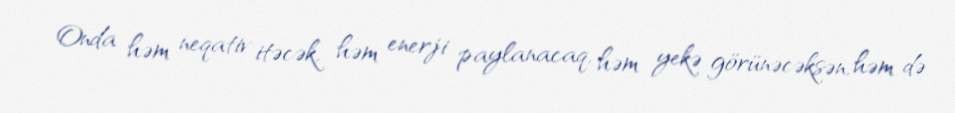
Onda həm neqativ itəcək, həm enerji paylanacaq, həm yekə görünəcəksən, həm də